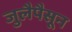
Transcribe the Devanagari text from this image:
जुलैपैसून